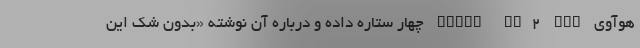
هوآوی Watch GT2 Pro چهار ستاره داده و درباره آن نوشته «بدون شک این